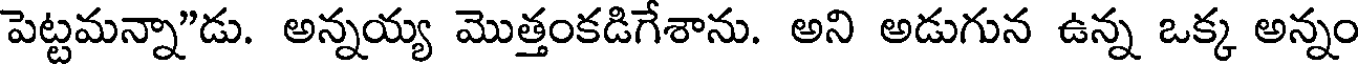
పెట్టమన్నా"డు. అన్నయ్య మొత్తంకడిగేశాను. అని అడుగున ఉన్న ఒక్క అన్నం